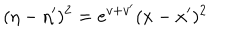
LaTeX: ( \eta - \eta ^ { \prime } ) ^ { 2 } = e ^ { v + v ^ { \prime } } ( x - x ^ { \prime } ) ^ { 2 }